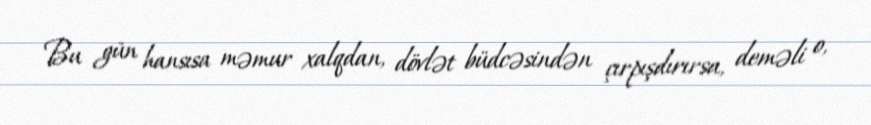
Bu gün hansısa məmur xalqdan, dövlət büdcəsindən çırpışdırırsa, deməli o,